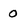
Character: 0